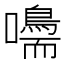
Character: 𡄠